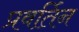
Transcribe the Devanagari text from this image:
प्रवर्तिन